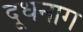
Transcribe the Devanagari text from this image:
दूधनाग